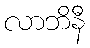
လာဘိနီ